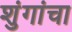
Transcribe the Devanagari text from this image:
शुंगांचा